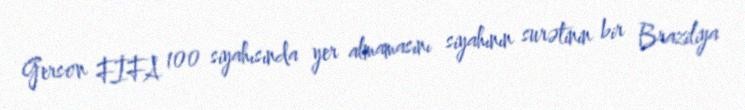
Gerson FİFA 100 siyahısında yer almamasını siyahının surətinin bir Braziliya